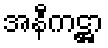
အနီကဋ္ဌာ